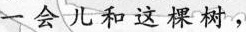
一会儿和这棵树，